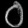
Digit: ၀